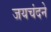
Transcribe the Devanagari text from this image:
जयचंदने